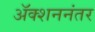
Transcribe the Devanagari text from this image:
अॅक्शननंतर